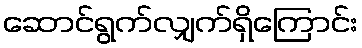
ဆောင်ရွက်လျှက်ရှိကြောင်း